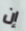
إن